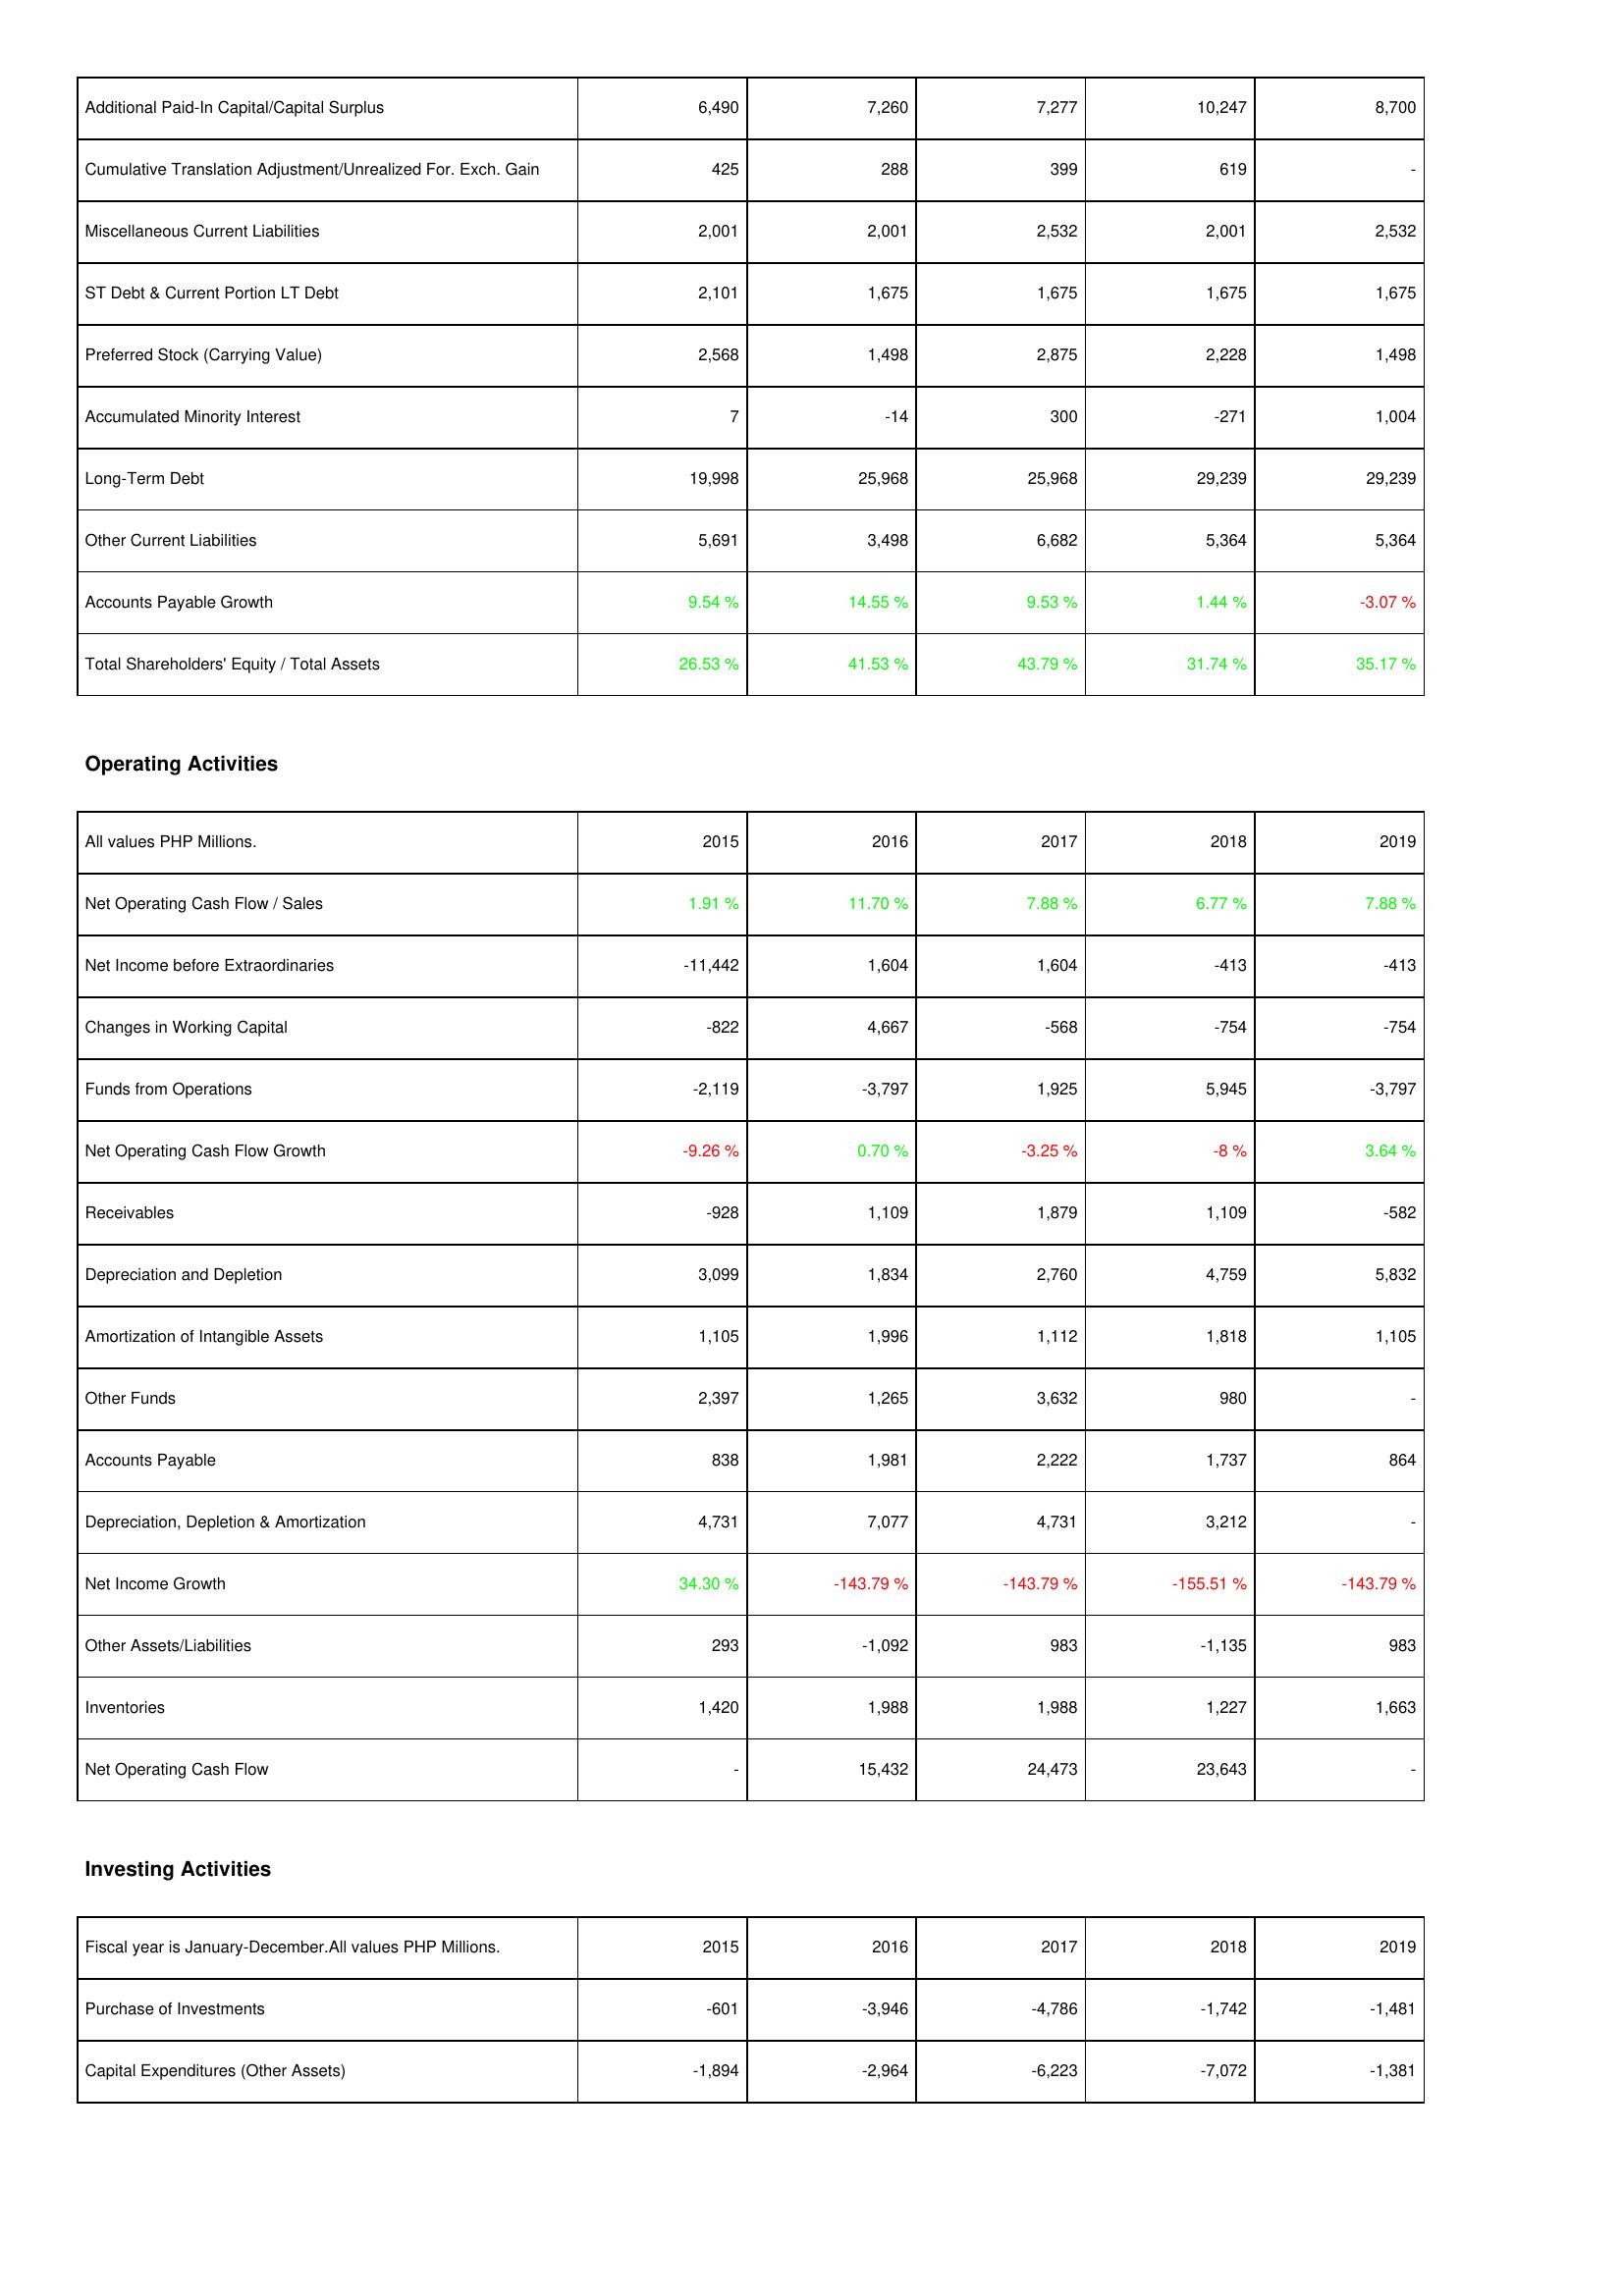
2015: Liabilities & Shareholders' Equity: Additional Paid-In Capital/Capital Surplus: 6,490
Cumulative Translation Adjustment/Unrealized For. Exch. Gain: 425
Miscellaneous Current Liabilities: 2,001
ST Debt & Current Portion LT Debt: 2,101
Preferred Stock (Carrying Value): 2,568
Accumulated Minority Interest: 7
Long-Term Debt: 19,998
Other Current Liabilities: 5,691
Accounts Payable Growth: 9.54 %
Total Shareholders' Equity / Total Assets: 26.53 %
Operating Activities: Net Operating Cash Flow / Sales: 1.91 %
Net Income before Extraordinaries: -11,442
Changes in Working Capital: -822
Funds from Operations: -2,119
Net Operating Cash Flow Growth: -9.26 %
Receivables: -928
Depreciation and Depletion: 3,099
Amortization of Intangible Assets: 1,105
Other Funds: 2,397
Accounts Payable: 838
Depreciation, Depletion & Amortization: 4,731
Net Income Growth: 34.30 %
Other Assets/Liabilities: 293
Inventories: 1,420
Net Operating Cash Flow: -
Investing Activities: Purchase of Investments: -601
Capital Expenditures (Other Assets): -1,894
2016: Liabilities & Shareholders' Equity: Additional Paid-In Capital/Capital Surplus: 7,260
Cumulative Translation Adjustment/Unrealized For. Exch. Gain: 288
Miscellaneous Current Liabilities: 2,001
ST Debt & Current Portion LT Debt: 1,675
Preferred Stock (Carrying Value): 1,498
Accumulated Minority Interest: -14
Long-Term Debt: 25,968
Other Current Liabilities: 3,498
Accounts Payable Growth: 14.55 %
Total Shareholders' Equity / Total Assets: 41.53 %
Operating Activities: Net Operating Cash Flow / Sales: 11.70 %
Net Income before Extraordinaries: 1,604
Changes in Working Capital: 4,667
Funds from Operations: -3,797
Net Operating Cash Flow Growth: 0.70 %
Receivables: 1,109
Depreciation and Depletion: 1,834
Amortization of Intangible Assets: 1,996
Other Funds: 1,265
Accounts Payable: 1,981
Depreciation, Depletion & Amortization: 7,077
Net Income Growth: -143.79 %
Other Assets/Liabilities: -1,092
Inventories: 1,988
Net Operating Cash Flow: 15,432
Investing Activities: Purchase of Investments: -3,946
Capital Expenditures (Other Assets): -2,964
2017: Liabilities & Shareholders' Equity: Additional Paid-In Capital/Capital Surplus: 7,277
Cumulative Translation Adjustment/Unrealized For. Exch. Gain: 399
Miscellaneous Current Liabilities: 2,532
ST Debt & Current Portion LT Debt: 1,675
Preferred Stock (Carrying Value): 2,875
Accumulated Minority Interest: 300
Long-Term Debt: 25,968
Other Current Liabilities: 6,682
Accounts Payable Growth: 9.53 %
Total Shareholders' Equity / Total Assets: 43.79 %
Operating Activities: Net Operating Cash Flow / Sales: 7.88 %
Net Income before Extraordinaries: 1,604
Changes in Working Capital: -568
Funds from Operations: 1,925
Net Operating Cash Flow Growth: -3.25 %
Receivables: 1,879
Depreciation and Depletion: 2,760
Amortization of Intangible Assets: 1,112
Other Funds: 3,632
Accounts Payable: 2,222
Depreciation, Depletion & Amortization: 4,731
Net Income Growth: -143.79 %
Other Assets/Liabilities: 983
Inventories: 1,988
Net Operating Cash Flow: 24,473
Investing Activities: Purchase of Investments: -4,786
Capital Expenditures (Other Assets): -6,223
2018: Liabilities & Shareholders' Equity: Additional Paid-In Capital/Capital Surplus: 10,247
Cumulative Translation Adjustment/Unrealized For. Exch. Gain: 619
Miscellaneous Current Liabilities: 2,001
ST Debt & Current Portion LT Debt: 1,675
Preferred Stock (Carrying Value): 2,228
Accumulated Minority Interest: -271
Long-Term Debt: 29,239
Other Current Liabilities: 5,364
Accounts Payable Growth: 1.44 %
Total Shareholders' Equity / Total Assets: 31.74 %
Operating Activities: Net Operating Cash Flow / Sales: 6.77 %
Net Income before Extraordinaries: -413
Changes in Working Capital: -754
Funds from Operations: 5,945
Net Operating Cash Flow Growth: -8 %
Receivables: 1,109
Depreciation and Depletion: 4,759
Amortization of Intangible Assets: 1,818
Other Funds: 980
Accounts Payable: 1,737
Depreciation, Depletion & Amortization: 3,212
Net Income Growth: -155.51 %
Other Assets/Liabilities: -1,135
Inventories: 1,227
Net Operating Cash Flow: 23,643
Investing Activities: Purchase of Investments: -1,742
Capital Expenditures (Other Assets): -7,072
2019: Liabilities & Shareholders' Equity: Additional Paid-In Capital/Capital Surplus: 8,700
Cumulative Translation Adjustment/Unrealized For. Exch. Gain: -
Miscellaneous Current Liabilities: 2,532
ST Debt & Current Portion LT Debt: 1,675
Preferred Stock (Carrying Value): 1,498
Accumulated Minority Interest: 1,004
Long-Term Debt: 29,239
Other Current Liabilities: 5,364
Accounts Payable Growth: -3.07 %
Total Shareholders' Equity / Total Assets: 35.17 %
Operating Activities: Net Operating Cash Flow / Sales: 7.88 %
Net Income before Extraordinaries: -413
Changes in Working Capital: -754
Funds from Operations: -3,797
Net Operating Cash Flow Growth: 3.64 %
Receivables: -582
Depreciation and Depletion: 5,832
Amortization of Intangible Assets: 1,105
Other Funds: -
Accounts Payable: 864
Depreciation, Depletion & Amortization: -
Net Income Growth: -143.79 %
Other Assets/Liabilities: 983
Inventories: 1,663
Net Operating Cash Flow: -
Investing Activities: Purchase of Investments: -1,481
Capital Expenditures (Other Assets): -1,381